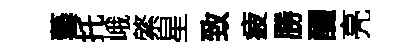
藝托峨綮星致疲勝釅亮